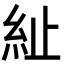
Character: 䊼